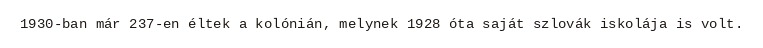
1930-ban már 237-en éltek a kolónián, melynek 1928 óta saját szlovák iskolája is volt.